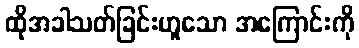
ထိုအခါသတ်ခြင်းဟူသော အကြောင်းကို